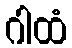
ဂါထံ